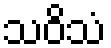
သဝိသံ